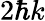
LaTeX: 2\hbar k